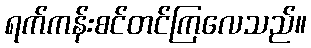
ရက်ကန်းစင်တင်ကြလေသည်။